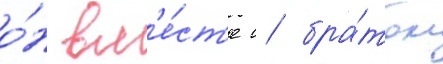
о́н вм'е́ст'е с бра́том